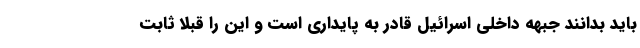
باید بدانند جبهه داخلی اسرائیل قادر به پایداری است و این را قبلا ثابت